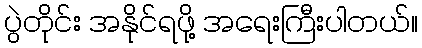
ပွဲတိုင်း အနိုင်ရဖို့ အရေးကြီးပါတယ်။